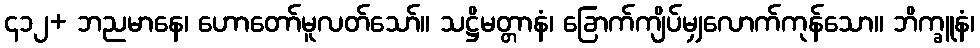
၄၁၂+ ဘညမာနေ၊ ဟောတော်မူလတ်သော်။ သဋ္ဌိမတ္တာနံ၊ ခြောက်ကျိပ်မျှလောက်ကုန်သော။ ဘိက္ခူနံ၊